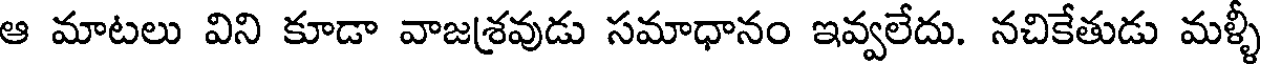
ఆ మాటలు విని కూడా వాజశ్రవుడు సమాధానం ఇవ్వలేదు. నచికేతుడు మళ్ళీ